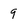
Character: 9